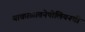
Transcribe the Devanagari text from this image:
याकाळातनेपोलियनची